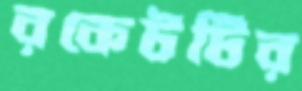
রকেটটির